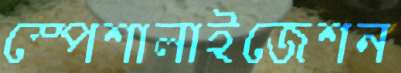
স্পেশালাইজেশন